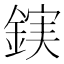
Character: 𮢖